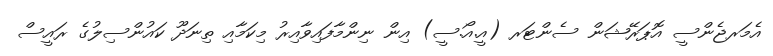
އެމަރޖެންސީ އޮޕަރޭޝަން ސެންޓަރ (އީ.އޯ.ސީ) އިން ނިންމާފައިވާއިރު މިކަމާއި ތިނަދޫ ކައުންސިލުގެ ރައީސް